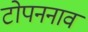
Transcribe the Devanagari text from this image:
टोपननाव